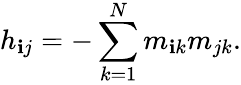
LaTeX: h_{\mathbf{i}j}=-\sum_{k=1}^{N}m_{\mathbf{i}k}m_{jk}.